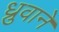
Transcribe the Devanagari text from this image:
ध्रुवाने